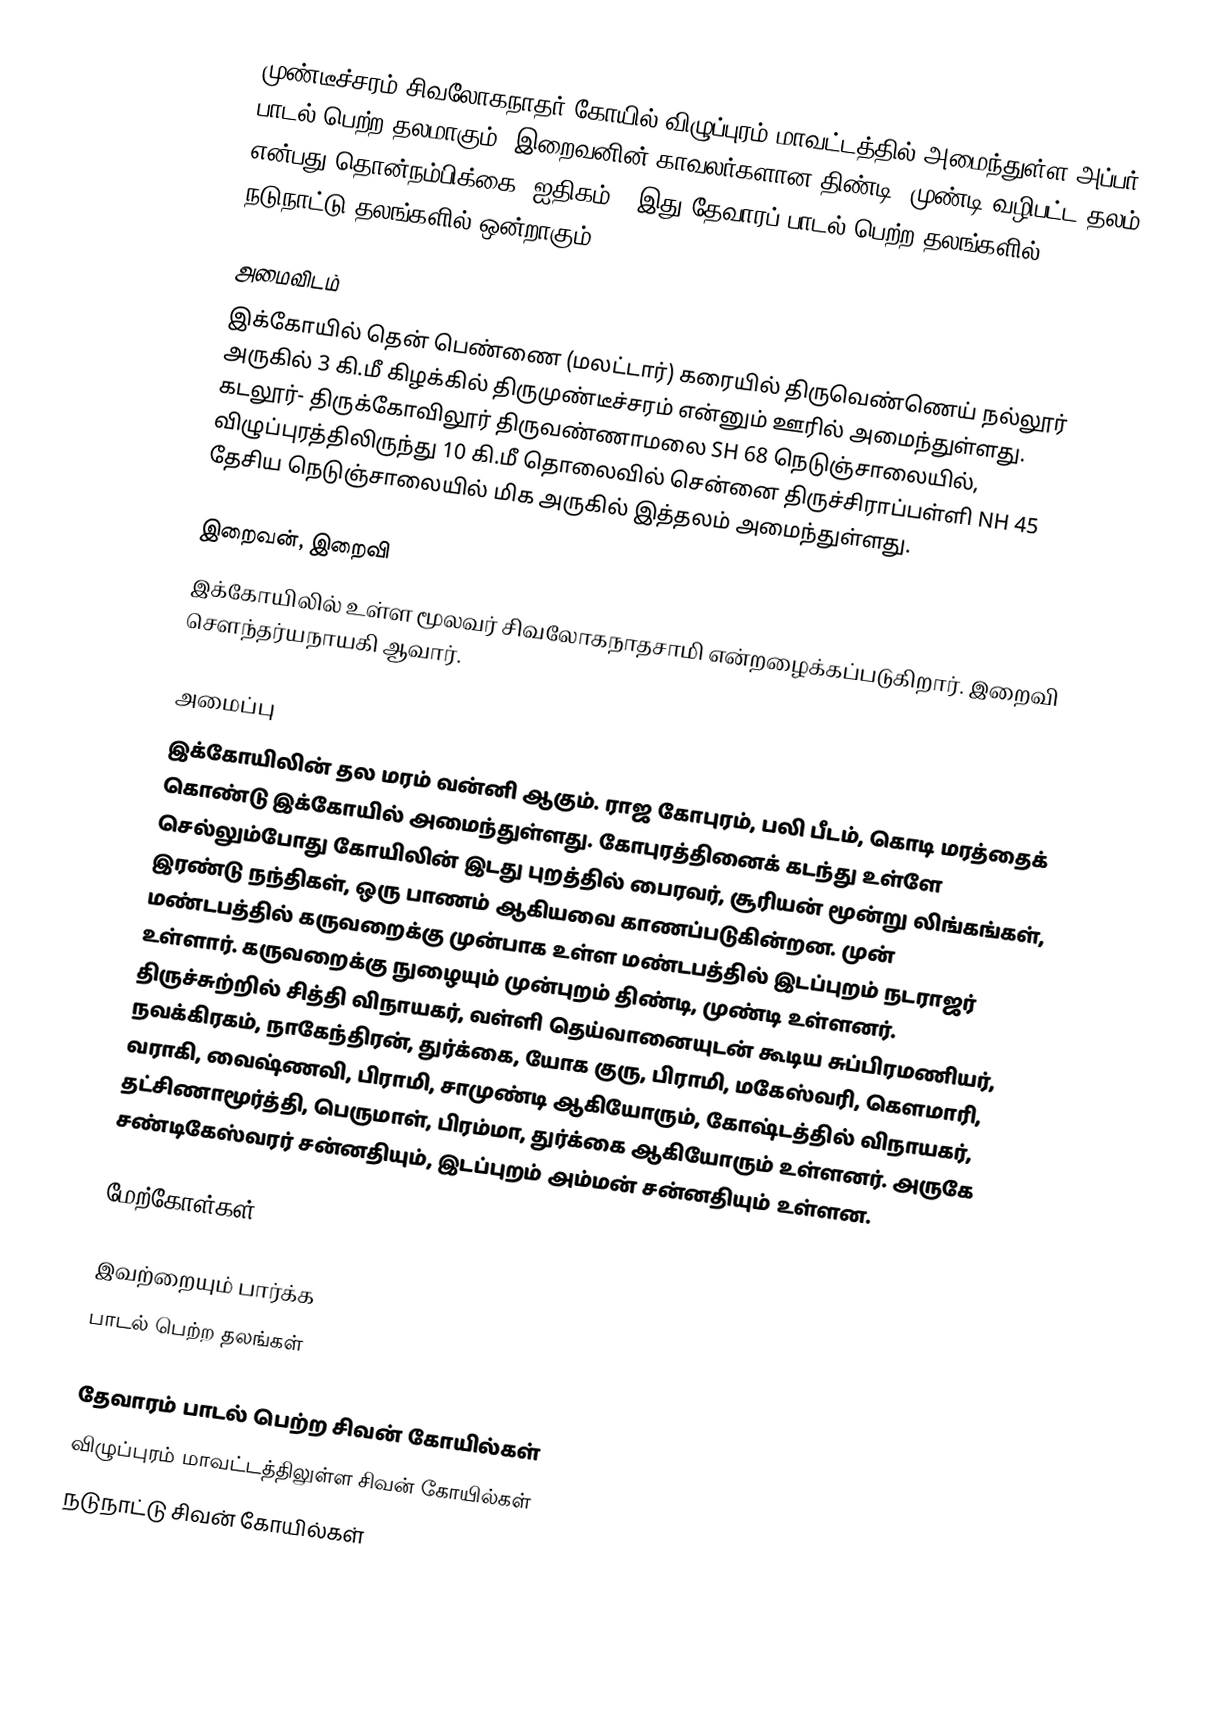
முண்டீச்சரம் சிவலோகநாதர் கோயில் விழுப்புரம் மாவட்டத்தில் அமைந்துள்ள அப்பர் பாடல் பெற்ற தலமாகும்.  இறைவனின் காவலர்களான திண்டி, முண்டி வழிபட்ட தலம் என்பது தொன்நம்பிக்கை (ஐதிகம்). இது தேவாரப் பாடல் பெற்ற தலங்களில் நடுநாட்டு தலங்களில் ஒன்றாகும்.

அமைவிடம்
இக்கோயில் தென் பெண்ணை (மலட்டார்) கரையில் திருவெண்ணெய் நல்லூர் அருகில் 3 கி.மீ கிழக்கில் திருமுண்டீச்சரம் என்னும் ஊரில் அமைந்துள்ளது. கடலூர்- திருக்கோவிலூர் திருவண்ணாமலை SH 68 நெடுஞ்சாலையில், விழுப்புரத்திலிருந்து 10 கி.மீ தொலைவில் சென்னை திருச்சிராப்பள்ளி NH 45 தேசிய நெடுஞ்சாலையில் மிக அருகில் இத்தலம் அமைந்துள்ளது.

இறைவன், இறைவி
இக்கோயிலில் உள்ள மூலவர் சிவலோகநாதசாமி என்றழைக்கப்படுகிறார். இறைவி சௌந்தர்யநாயகி ஆவார்.

அமைப்பு
இக்கோயிலின் தல மரம் வன்னி ஆகும். ராஜ கோபுரம், பலி பீடம், கொடி மரத்தைக் கொண்டு இக்கோயில் அமைந்துள்ளது. கோபுரத்தினைக் கடந்து உள்ளே செல்லும்போது கோயிலின் இடது புறத்தில் பைரவர், சூரியன் மூன்று லிங்கங்கள், இரண்டு நந்திகள், ஒரு பாணம் ஆகியவை காணப்படுகின்றன. முன் மண்டபத்தில் கருவறைக்கு முன்பாக உள்ள மண்டபத்தில் இடப்புறம் நடராஜர் உள்ளார். கருவறைக்கு நுழையும் முன்புறம் திண்டி, முண்டி உள்ளனர். திருச்சுற்றில் சித்தி விநாயகர், வள்ளி தெய்வானையுடன் கூடிய சுப்பிரமணியர், நவக்கிரகம், நாகேந்திரன், துர்க்கை, யோக குரு, பிராமி, மகேஸ்வரி, கௌமாரி, வராகி, வைஷ்ணவி, பிராமி, சாமுண்டி ஆகியோரும், கோஷ்டத்தில் விநாயகர், தட்சிணாமூர்த்தி, பெருமாள், பிரம்மா, துர்க்கை ஆகியோரும் உள்ளனர். அருகே சண்டிகேஸ்வரர் சன்னதியும், இடப்புறம் அம்மன் சன்னதியும் உள்ளன.

மேற்கோள்கள்

இவற்றையும் பார்க்க
 பாடல் பெற்ற தலங்கள்

தேவாரம் பாடல் பெற்ற சிவன் கோயில்கள்
விழுப்புரம் மாவட்டத்திலுள்ள சிவன் கோயில்கள்
நடுநாட்டு சிவன் கோயில்கள்